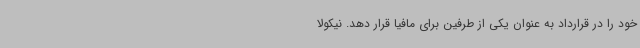
خود را در قرارداد به عنوان یکی از طرفین برای مافیا قرار دهد. نیکولا